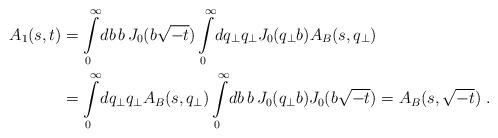
LaTeX: \begin{align*}A_1(s, t) &= \int\limits_0^{\infty} \! db \, b \, J_0 (b\sqrt{-t}) \int\limits_0^{\infty} \! dq_{\bot} q_{\bot} J_0(q_{\bot} b) A_B(s,q_{\bot}) \\&= \int\limits_0^{\infty} \! dq_{\bot} q_{\bot} A_B(s, q_{\bot})\int\limits_0^{\infty} \! db \, b \, J_0(q_{\bot} b) J_0(b\sqrt{-t}) = A_B(s,\sqrt{-t}) \;.\end{align*}